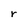
Character: r